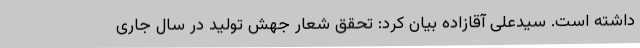
داشته است. سیدعلی آقازاده بیان کرد: تحقق شعار جهش تولید در سال جاری